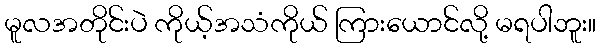
မူလအတိုင်းပဲ ကိုယ့်အသံကိုယ် ကြားယောင်လို့ မရပါဘူး။